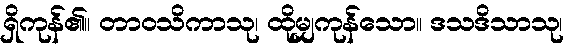
ရှိကုန်၏။ တာဝသိကာသု၊ ထိုမျှကုန်သော။ ဒသဒိသာသု၊